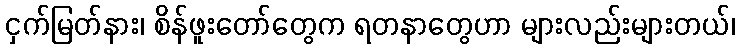
ငှက်မြတ်နား၊ စိန်ဖူးတော်တွေက ရတနာတွေဟာ များလည်းများတယ်၊